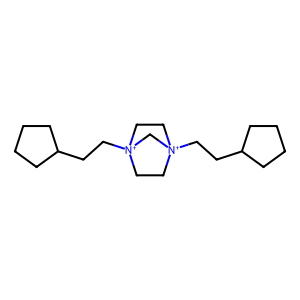
SMILES: C1CCC(CC[N+]23CC[N+](CCC4CCCC4)(CC2)C3)C1
Inhibits HIV replication: No